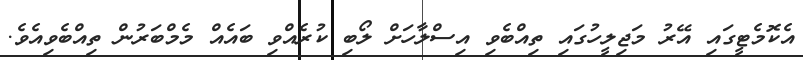
އެކޮމެޓީގައި އޭރު މަޖިލީހުގައި ތިއްބެވި އިސްލާހަށް ލޯބި ކުރެއްވި ބައެއް މެމްބަރުން ތިއްބެވިއެވެ.